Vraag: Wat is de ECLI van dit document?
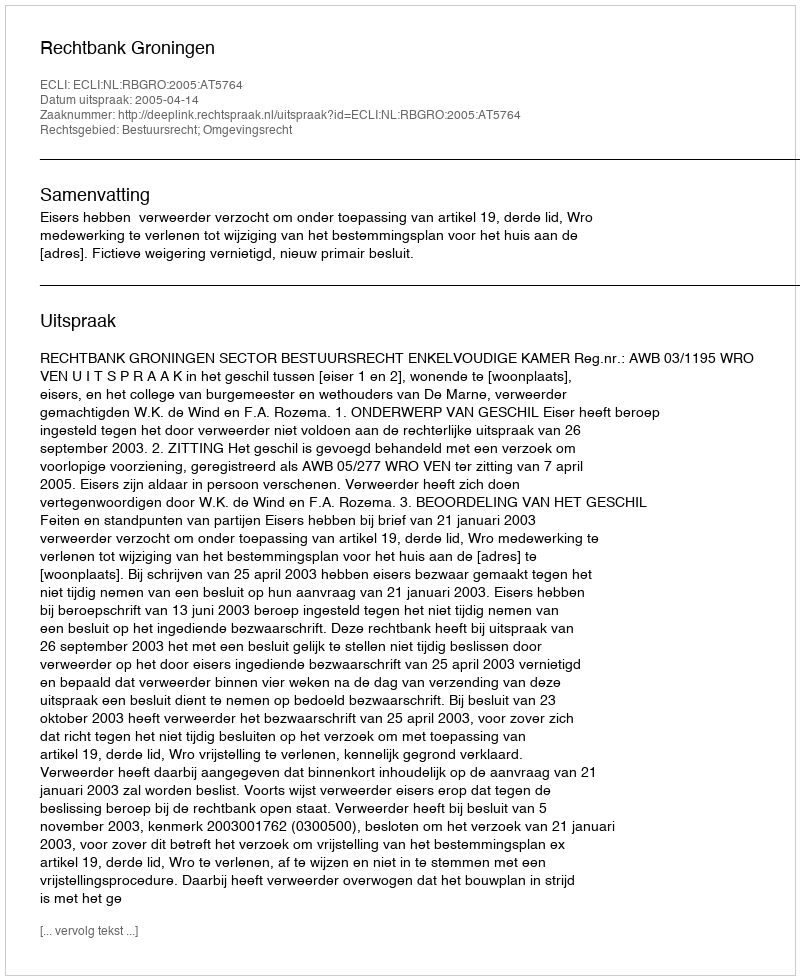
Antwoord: ECLI:NL:RBGRO:2005:AT5764